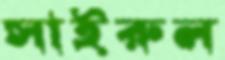
সাইরুল